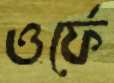
ওর্ফে